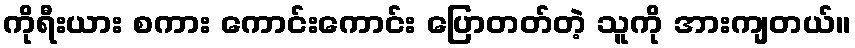
ကိုရီးယား စကား ကောင်းကောင်း ပြောတတ်တဲ့ သူကို အားကျတယ်။